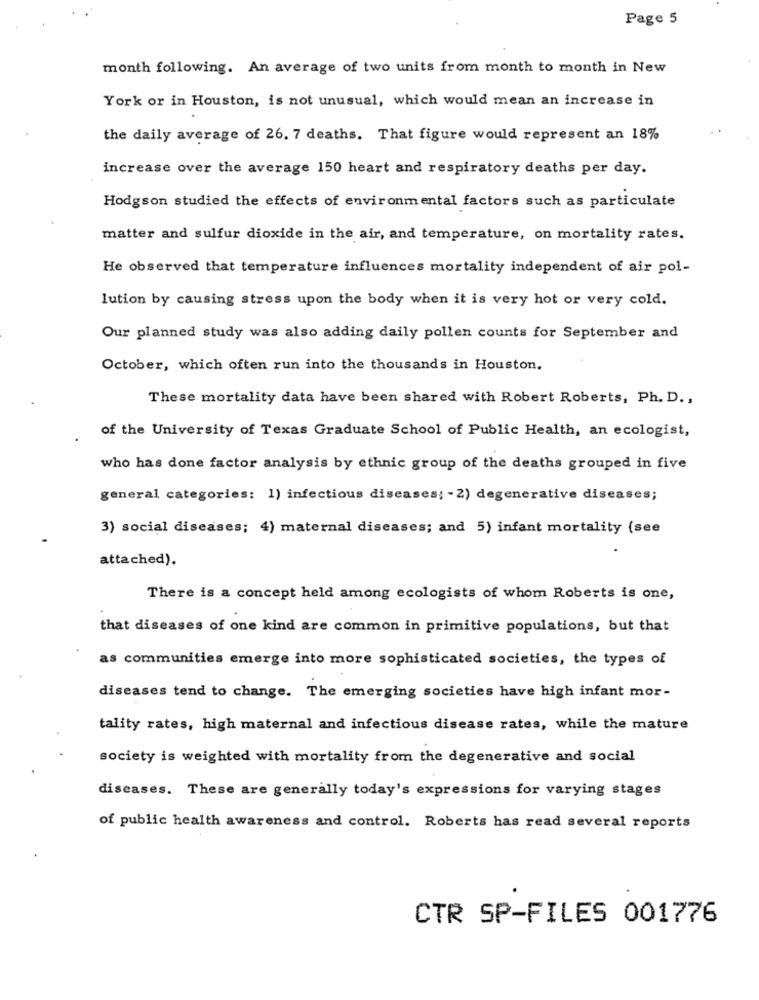
Page 5
month following. An average of two units from month to month in New
York or in Houston, is not unusual, which would mean an increase in
the daily average of 26. 7 deaths. That figure would represent an 18%
increase over the average 150 heart and respiratory deaths per day.
Hodgson studied the effects of environmental factors such as particulate
matter and sulfur dioxide in the air, and temperature, on mortality rates.
He observed that temperature influences mortality independent of air pol-
lution by causing stress upon the body when it is very hot or very cold.
Our planned study was also adding daily pollen counts for September and
October, which often run into the thousands in Houston.
These mortality data have been shared with Robert Roberts, Ph. D .,
of the University of Texas Graduate School of Public Health, an ecologist,
who has done factor analysis by ethnic group of the deaths grouped in five
general categories: 1) infectious diseases; - 2) degenerative diseases;
3) social diseases; 4) maternal diseases; and 5) infant mortality (see
attached).
There is a concept held among ecologists of whom Roberts is one,
that diseases of one kind are common in primitive populations, but that
as communities emerge into more sophisticated societies, the types of
diseases tend to change. The emerging societies have high infant mor-
tality rates, high maternal and infectious disease rates, while the mature
society is weighted with mortality from the degenerative and social
diseases. These are generally today's expressions for varying stages
of public health awareness and control. Roberts has read several reports
CTR SP-FILES 001776